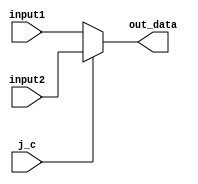
`timescale 1ns / 1ps
//////////////////////////////////////////////////////////////////////////////////
// Company: 
// Engineer: 
// 
// Design Name: 
// Module Name: J_or_Jr
// Project Name: 
// Target Devices: 
// Tool Versions: 
// Description: 
// 
// Dependencies: 
// 
// Revision:
// Revision 0.01 - File Created
// Additional Comments:
// 
//////////////////////////////////////////////////////////////////////////////////


module J_or_Jr(
    input[31:0] input1,
    input[31:0] input2,
    input j_c,
    output reg[31:0] out_data
    );
    initial begin
        out_data = 0;
    end
    
    always @(input1 or input2 or j_c) begin
        if(j_c == 1) begin
            out_data = input2;
            $display("jr address is %d",out_data);
        end
        else begin
            out_data = input1;
            $display("j address is%d",out_data);
        end
        
    end
endmodule